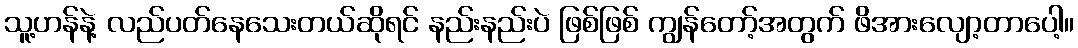
သူ့ဟန်နဲ့ လည်ပတ်နေသေးတယ်ဆိုရင် နည်းနည်းပဲ ဖြစ်ဖြစ် ကျွန်တော့်အတွက် ဖိအားလျော့တာပေါ့။